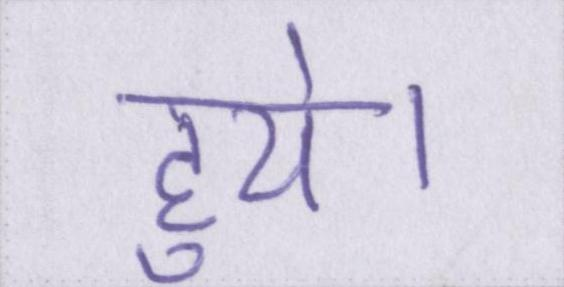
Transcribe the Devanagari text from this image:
हुये।